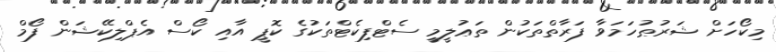
މިކޯހަށް ޝަރުޠުހަމަވާ ފަރާތްތަކުން ތަޢުލީމީ ސެޓްފިކެޓްތަކުގެ ކޮޕީ އާއި ކޯސް އެޕްލިކޭޝަން ފޯމް